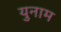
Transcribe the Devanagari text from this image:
युनाम